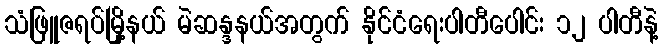
သံဖြူဇရပ်မြို့နယ် မဲဆန္ဒနယ်အတွက် နိုင်ငံရေးပါတီပေါင်း ၁၂ ပါတီနဲ့